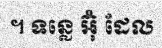
។ ទន្លេ អ៊ុំ ដែល